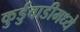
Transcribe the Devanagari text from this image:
कुर्डुवाडीमध्ये